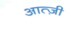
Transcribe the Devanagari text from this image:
आत्ज़ी